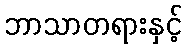
ဘာသာတရားနှင့်